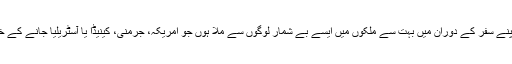
دنیا بھر میں اپنے سفر کے دوران میں بہت سے ملکوں میں ایسے بے شمار لوگوں سے ملا ہوں جو امریکہ، جرمنی، کینیڈا یا آسٹریلیا جانے کے خواہش مند ہیں۔